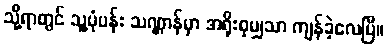
သို့ရာတွင် သူ့ပုံပန်း သဏ္ဌာန်မှာ အရိုးစုမျှသာ ကျန်ခဲ့လေပြီ။